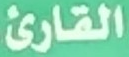
القارئ